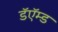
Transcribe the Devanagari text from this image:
डॅऍम्ड